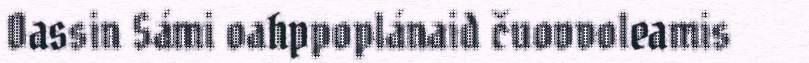
Oassin Sámi oahppoplánaid čuovvoleamis